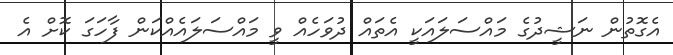
އެގޮތުން ނަޝީދުގެ މައްސަލައަކީ އެތައް ދުވަހެއް ވީ މައްސަލައެއްކަން ފާހަގަ ކޮށް އެ